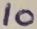
Text: 10